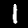
Label: 1